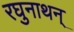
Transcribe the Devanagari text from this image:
रघुनाथन्